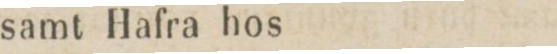
samt Hafra hos